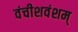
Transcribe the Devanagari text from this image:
वंचीशवंशम्